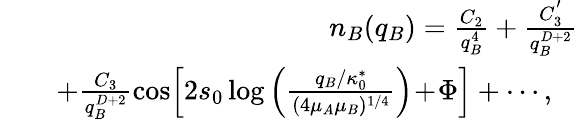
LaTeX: \begin{array}{rlr}&{}&{n_{B}(q_{B})=\frac{C_{2}}{q_{B}^{4}}+\frac{C_{3}^{'}}{q_{B}^{D+2}}}\\ &{}&{+\frac{C_{3}}{q_{B}^{D+2}}\cos\! \left[2s_{0}\log\left(\frac{q_{B}/\kappa_{0}^{*}}{(4\mu_{A}\mu_{B})^{1/4}}\right)\! +\! \Phi\right]+\cdots,\ \ \ }\end{array}